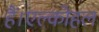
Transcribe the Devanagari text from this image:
हैं।एल्कोहल